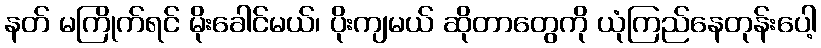
နတ် မကြိုက်ရင် မိုးခေါင်မယ်၊ ပိုးကျမယ် ဆိုတာတွေကို ယုံကြည်နေတုန်းပေါ့